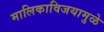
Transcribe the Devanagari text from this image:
मालिकाविजयामुळे